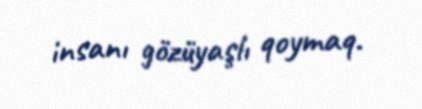
insanı gözüyaşlı qoymaq.